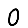
Digit: 0